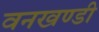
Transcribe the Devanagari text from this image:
वनखण्डी